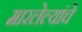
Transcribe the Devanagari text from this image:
मारलेल्यांचे